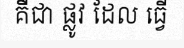
គឺជា ផ្លូវ ដែល ធ្វើ